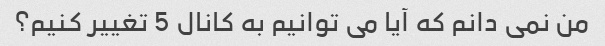
من نمی دانم که آیا می توانیم به کانال 5 تغییر کنیم؟